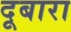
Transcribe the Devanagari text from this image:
दूबारा